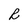
Character: R